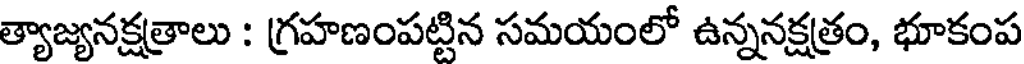
త్యాజ్యనక్షత్రాలు : గ్రహణంపట్టిన సమయంలో ఉన్ననక్షత్రం, భూకంప